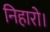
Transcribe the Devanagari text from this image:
निहारो।